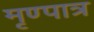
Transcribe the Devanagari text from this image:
मृण्पात्र